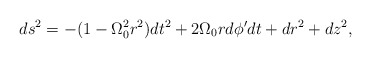
\begin{align*}ds^2 = - (1 - \Omega_0^2 r^2 )dt^2 + 2 \Omega_0 r d \phi' dt + dr^2 + dz^2, \end{align*}